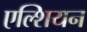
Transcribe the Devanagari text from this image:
एल्शियन